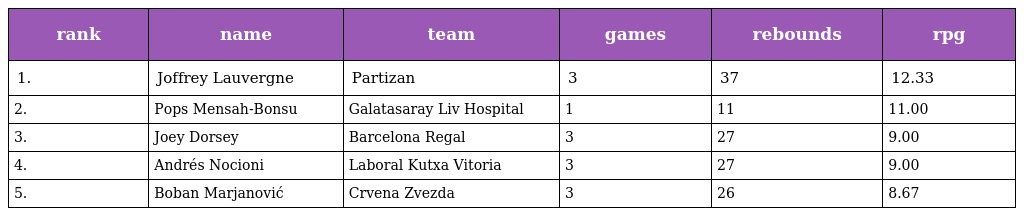
| rank | name | team | games | rebounds | rpg |
 | --- | --- | --- | --- | --- | --- |
 | 1. | Joffrey Lauvergne | Partizan | 3 | 37 | 12.33 |
 | 2. | Pops Mensah-Bonsu | Galatasaray Liv Hospital | 1 | 11 | 11.00 |
 | 3. | Joey Dorsey | Barcelona Regal | 3 | 27 | 9.00 |
 | 4. | Andrés Nocioni | Laboral Kutxa Vitoria | 3 | 27 | 9.00 |
 | 5. | Boban Marjanović | Crvena Zvezda | 3 | 26 | 8.67 |